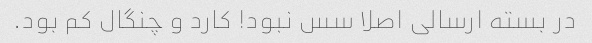
در بسته ارسالی اصلا سس نبود! کارد و چنگال کم بود.